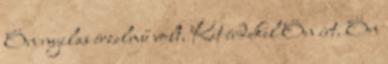
Ön nyilas érzelmű volt. Kit érdekel Ön írt. Ön